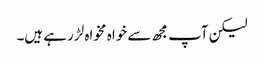
لیکن آپ مجھ سے خواہ مخواہ لڑ رہے ہیں۔